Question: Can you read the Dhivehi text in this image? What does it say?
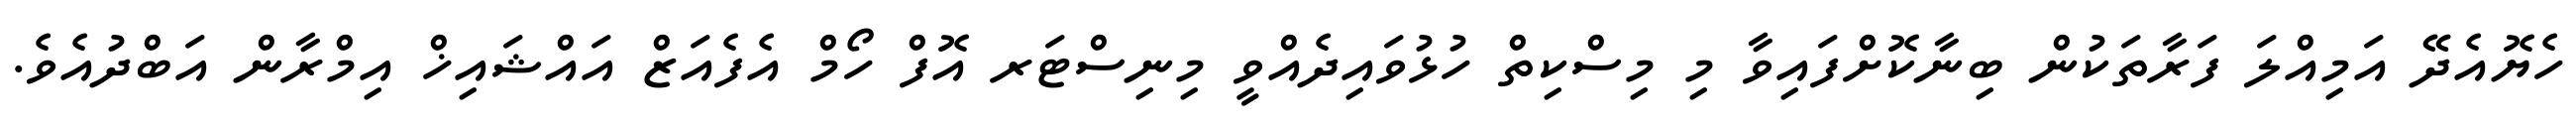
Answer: ހެޔޮއެދޭ އަމިއްލަ ފަރާތަކުން ބިނާކޮށްފައިވާ މި މިސްކިތް ހުޅުވައިދެއްވީ މިނިސްޓަރ އޮފް ހޯމް އެފެއަޒް އައްޝައިޚް އިމްރާން އަބްދުއެވެ.